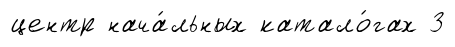
центр нача́льных катало́гах 3